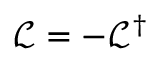
\mathcal { L } = - \mathcal { L } ^ { \dagger }